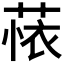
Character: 𬝗